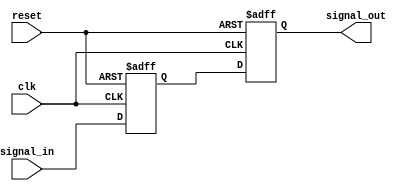
module TwoFF_Metastability_Detector (
    input wire clk,          // Clock signal
    input wire signal_in,    // Asynchronous input signal
    input wire reset,        // Asynchronous reset signal
    output reg signal_out    // Stable output signal
);

// Internal signals for flip-flop outputs
reg ff1_out;               // Output of the first flip-flop

// First flip-flop (FF1)
always @(posedge clk or posedge reset) begin
    if (reset) begin
        ff1_out <= 1'b0;    // Reset FF1 to known state
    end else begin
        ff1_out <= signal_in; // Capture the input signal
    end
end

// Second flip-flop (FF2)
always @(posedge clk or posedge reset) begin
    if (reset) begin
        signal_out <= 1'b0;  // Reset FF2 to known state
    end else begin
        signal_out <= ff1_out; // Capture the output of FF1
    end
end

endmodule